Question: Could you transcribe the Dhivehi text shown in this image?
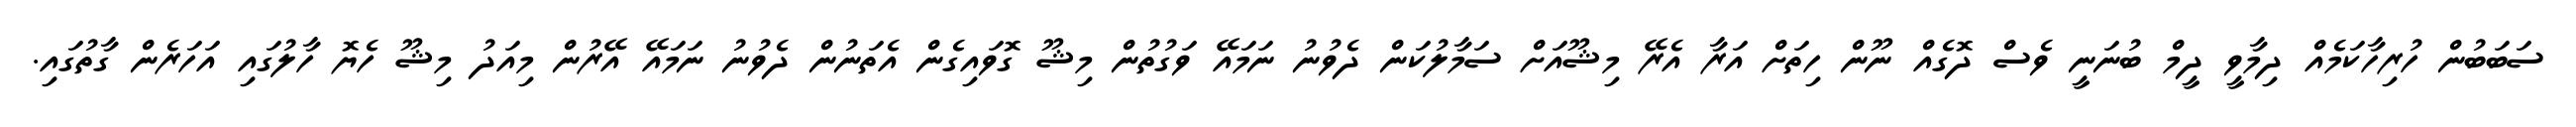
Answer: ސަބަބުން ހުރިހާކަމެއް ދިމާވީ ދީމް ބުނަނީ ވެސް ދޮގެއް ނޫން ހިތަށް އަރާ އެރޭ މިޝޫއަށް ސަމާލުކަން ދެވުނު ނަމައޭ ވަގުތުން މިޝޫ ގޮވައިގެން އެތަނުން ދެވުނު ނަމައޭ އޭރުން މިއަދު މިޝޫ ހެޔޮ ހާލުގައި އަހަރެން ގާތުގައި.